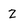
Character: Z